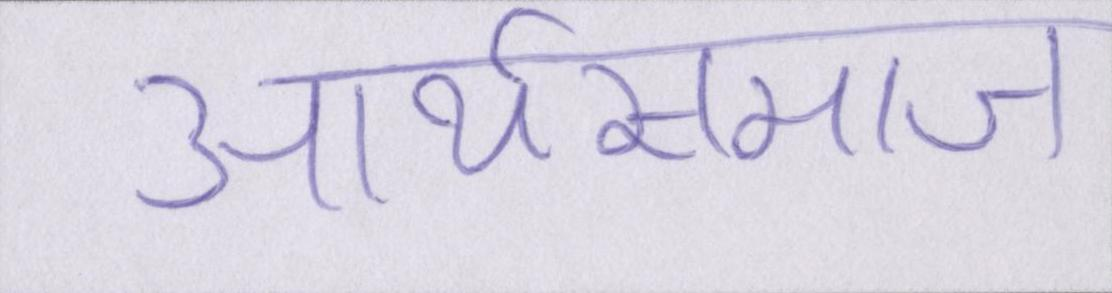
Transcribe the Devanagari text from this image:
आर्यसमाज